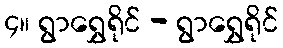
၄။ ရွာရွှေရိုင် - ရွာရွှေရိုင်